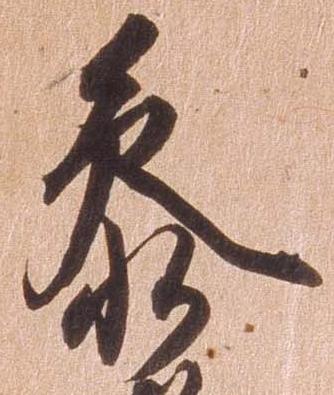
参